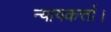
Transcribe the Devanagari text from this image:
न्यायकर्त्ता।